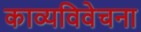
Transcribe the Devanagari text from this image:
काव्यविवेचना